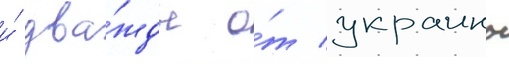
и́ два́жды о́т украины